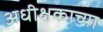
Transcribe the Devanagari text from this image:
अधीक्षकाच्या